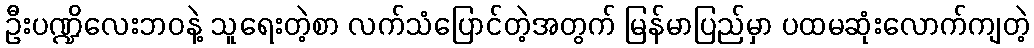
ဦးပဏ္ဍိလေးဘဝနဲ့ သူရေးတဲ့စာ လက်သံပြောင်တဲ့အတွက် မြန်မာပြည်မှာ ပထမဆုံးလောက်ကျတဲ့